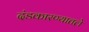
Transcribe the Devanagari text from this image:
दंडकारण्यातले